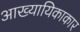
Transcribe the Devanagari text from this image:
आख्यायिकाकार